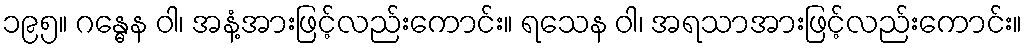
၁၉၅။ ဂန္ဓေန ဝါ၊ အနံ့အားဖြင့်လည်းကောင်း။ ရသေန ဝါ၊ အရသာအားဖြင့်လည်းကောင်း။